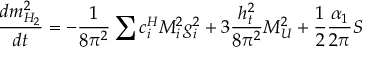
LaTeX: \frac { d m _ { H _ { 2 } } ^ { 2 } } { d t } = - \frac 1 { 8 \pi ^ { 2 } } \sum { c _ { i } ^ { H } M _ { i } ^ { 2 } g _ { i } ^ { 2 } } + 3 \frac { h _ { t } ^ { 2 } } { 8 \pi ^ { 2 } } { \cal M } _ { U } ^ { 2 } + \frac 1 2 \frac { \alpha _ { 1 } } { 2 \pi } S